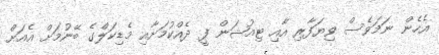
އެހެން ނަމަވެސް ވިޔަފާރި އާއި ޓިއުޝަން ފީ ދެއްކުމަށާއި މެޑިކަލްގެ ބޭނުމަށް އެއަށް